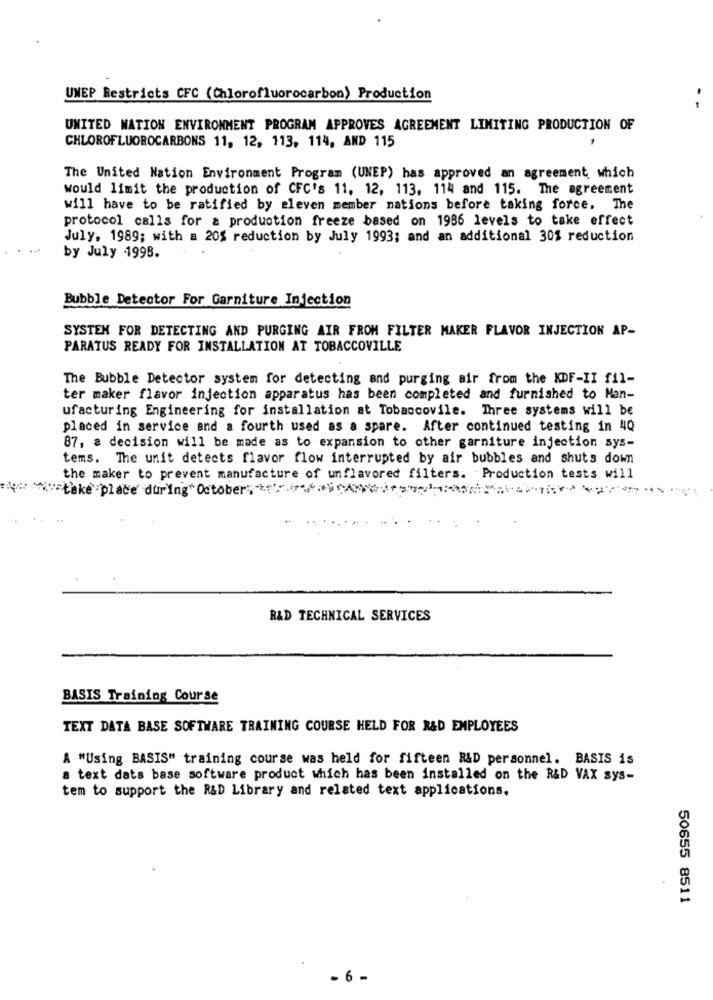
UNEP Restricts CFC (Chlorofluorocarbon) Production
UNITED NATION ENVIRONMENT PROGRAM APPROVES AGREEMENT LIMITING PRODUCTION OF
CHLOROFLUOROCARBONS 11, 12, 113, 114, AND 115
The United Nation Environment Program (UNEP) has approved an agreement, which
would limit the production of CFC's 11. 12, 113, 114 and 115. The agreement
will have to be ratified by eleven member nations before taking force. The
protocol calls for & production freeze based on 1986 levels to take effect
July, 1989; with a 20% reduction by July 1993; and an additional 30% reduction
by July 1998.
Bubble Detector For Garniture Injection
SYSTEM FOR DETECTING AND PURGING AIR FROM FILTER MAKER FLAVOR INJECTION AP-
PARATUS READY FOR INSTALLATION AT TOBACCOVILLE
The Bubble Detector system for detecting and purging air from the KDF-II fil-
ter maker flavor injection apparatus has been completed and furnished to Man-
ufacturing Engineering for installation at Tobaccovile. Three systems will be
placed in service and a fourth used as a spare. After continued testing in 4Q
87, a decision will be made as to expansion to other garniture injection sys-
tems. The unit detects flavor flow interrupted by air bubbles and shuts down
the maker to prevent manufacture of unflavored filters. "Production tests will
R&D TECHNICAL SERVICES
BASIS Training Course
TEXT DATA BASE SOFTWARE TRAINING COURSE HELD FOR R&D EMPLOYEES
A "Using BASIS" training course was held for fifteen R&D personnel. BASIS is
a text dats base software product which has been installed on the R&D VAX sys-
tem to support the R&D Library and related text applications.
50655 8511
- 6 -